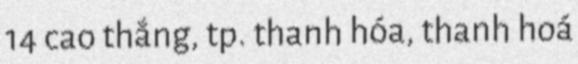
14 cao thắng, tp. thanh hóa, thanh hoá